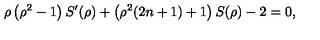
\rho \left( \rho ^ { 2 } - 1 \right) S ^ { \prime } ( \rho ) + \left( \rho ^ { 2 } ( 2 n + 1 ) + 1 \right) S ( \rho ) - 2 = 0 ,